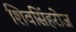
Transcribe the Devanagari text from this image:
शिवसिंहरोज